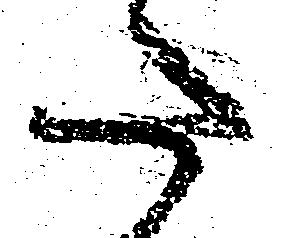
た